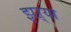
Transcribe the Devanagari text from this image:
झऱ्या